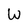
Character: W